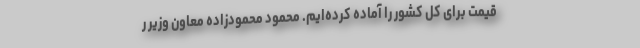
قیمت برای کل کشور را آماده کرده‌ایم. محمود محمودزاده معاون وزیر ر